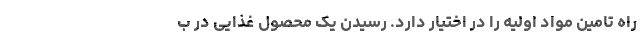
راه تامین مواد اولیه را در اختیار دارد. رسیدن یک محصول غذایی در ب